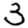
Digit: 3